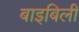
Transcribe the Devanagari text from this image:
बाइबिली